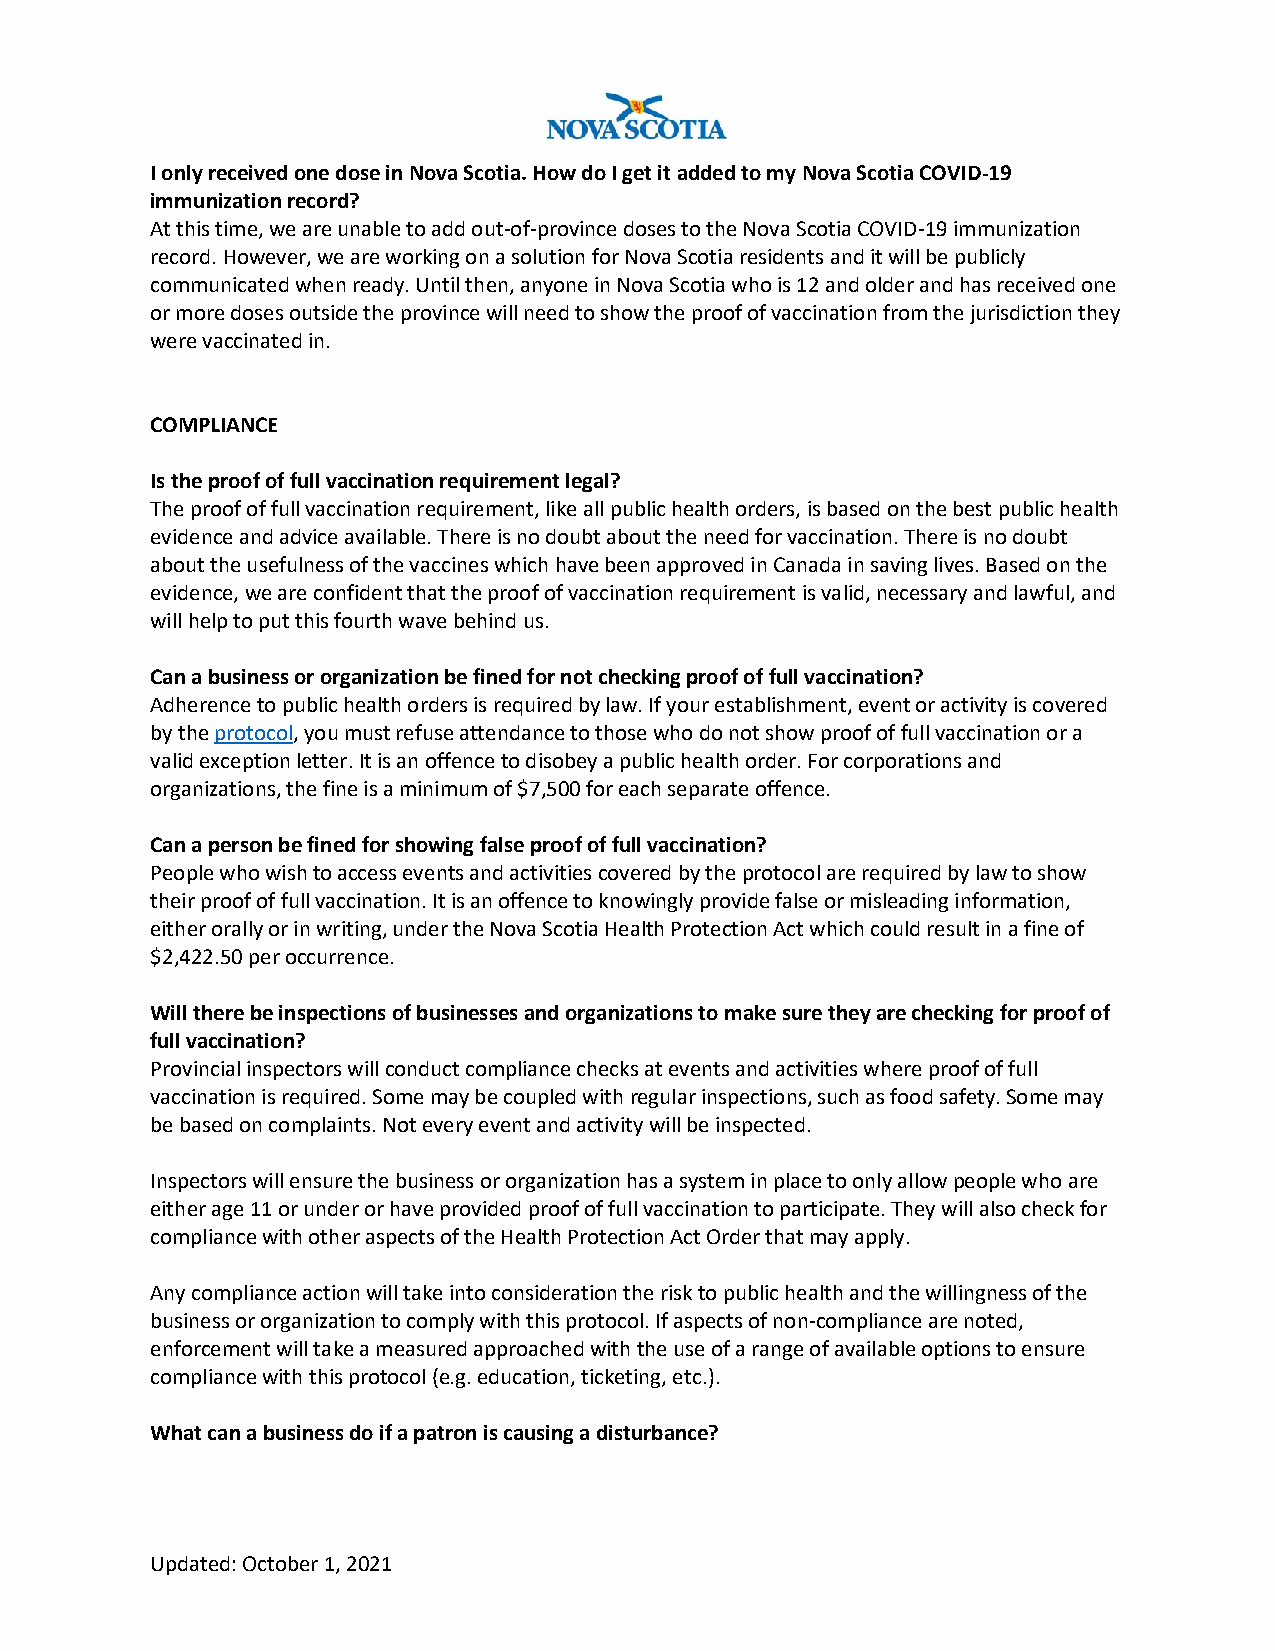
I only received one dose in Nova Scotia. How do I get it added to my Nova Scotia COVID-19
 immunization record?
 At this time, we are unable to add out-of-province doses to the Nova Scotia COVID-19 immunization
 record. However, we are working on a solution for Nova Scotia residents and it will be publicly
 communicated when ready. Until then, anyone in Nova Scotia who is 12 and older and has received one
 or more doses outside the province will need to show the proof of vaccination from the jurisdiction they
 were vaccinated in.
 COMPLIANCE
 Is the proof of full vaccination requirement legal?
 The proof of full vaccination requirement, like all public health orders, is based on the best public health
 evidence and advice available. There is no doubt about the need for vaccination. There is no doubt
 about the usefulness of the vaccines which have been approved in Canada in saving lives. Based on the
 evidence, we are confident that the proof of vaccination requirement is valid, necessary and lawful, and
 will help to put this fourth wave behind us.
 Can a business or organization be fined for not checking proof of full vaccination?
 Adherence to public health orders is required by law. If your establishment, event or activity is covered
 by the protocol, you must refuse attendance to those who do not show proof of full vaccination or a
 valid exception letter. It is an offence to disobey a public health order. For corporations and
 organizations, the fine is a minimum of $7,500 for each separate offence.
 Can a person be fined for showing false proof of full vaccination?
 People who wish to access events and activities covered by the protocol are required by law to show
 their proof of full vaccination. It is an offence to knowingly provide false or misleading information,
 either orally or in writing, under the Nova Scotia Health Protection Act which could result in a fine of
 $2,422.50 per occurrence.
 Will there be inspections of businesses and organizations to make sure they are checking for proof of
 full vaccination?
 Provincial inspectors will conduct compliance checks at events and activities where proof of full
 vaccination is required. Some may be coupled with regular inspections, such as food safety. Some may
 be based on complaints. Not every event and activity will be inspected.
 Inspectors will ensure the business or organization has a system in place to only allow people who are
 either age 11 or under or have provided proof of full vaccination to participate. They will also check for
 compliance with other aspects of the Health Protection Act Order that may apply.
 Any compliance action will take into consideration the risk to public health and the willingness of the
 business or organization to comply with this protocol. If aspects of non-compliance are noted,
 enforcement will take a measured approached with the use of a range of available options to ensure
 compliance with this protocol (e.g. education, ticketing, etc.).
 What can a business do if a patron is causing a disturbance?
 Updated: October 1, 2021